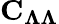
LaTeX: {\mathbf C}_{{\mathbf{\Lambda}}{\mathbf{\Lambda}}}